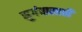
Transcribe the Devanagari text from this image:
सुगंधासाठी